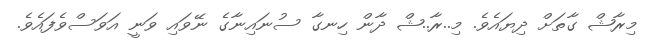
މިރާޝް ގާތަށްް ދިޔައެވެ. މި..ރާ..ޝް ދާން ހިނގާ ސުނައިނާގެ ނޭވައި ވަނީ އަވަސްވެފައެވެ.